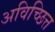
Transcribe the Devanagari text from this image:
अविच्छित्त